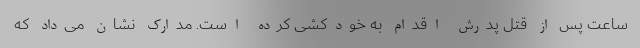
ساعت پس از قتل پدرش اقدام به خودکشی کرده است. مدارک نشان می‌داد که